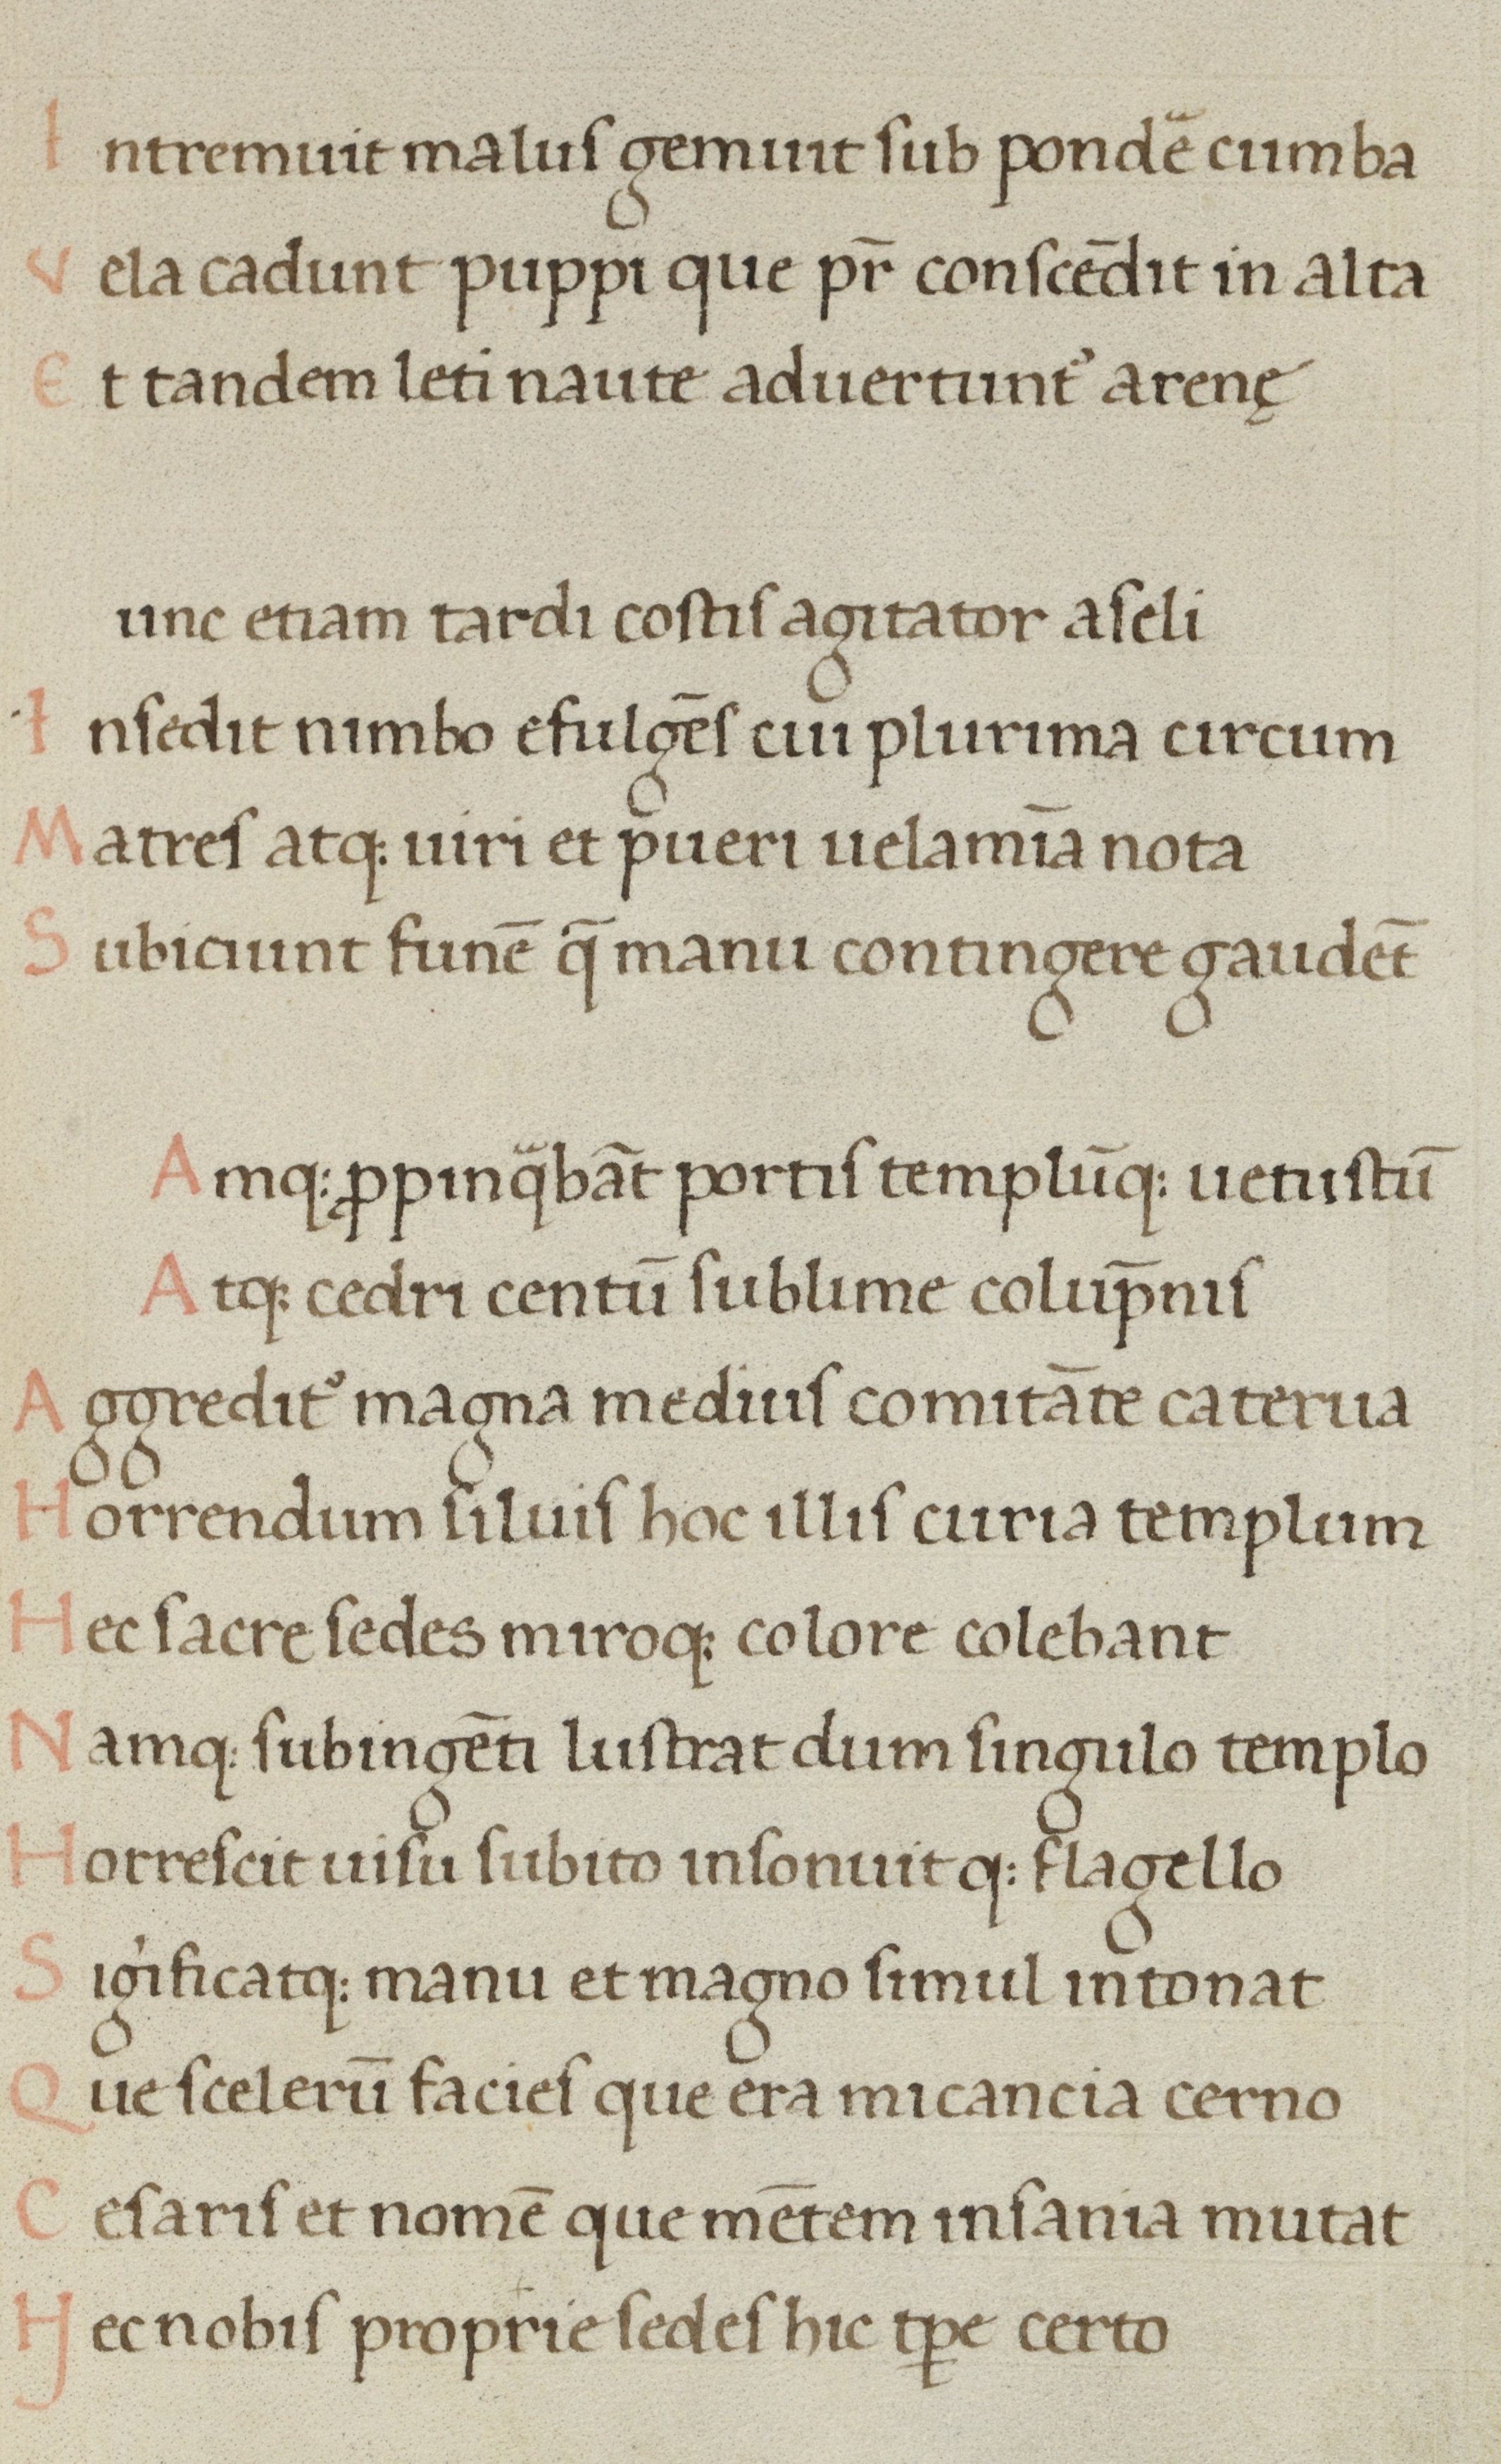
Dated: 1450–1499